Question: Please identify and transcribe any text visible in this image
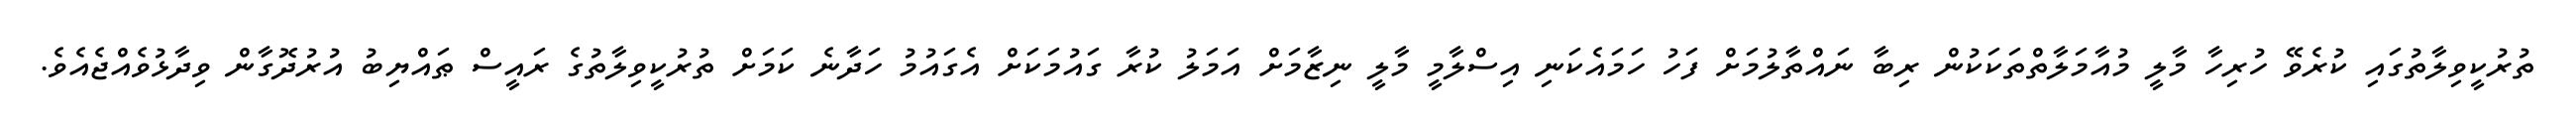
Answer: ތުރުކީވިލާތުގައި ކުރެވޭ ހުރިހާ މާލީ މުއާމަލާތްތަކަކުން ރިބާ ނައްތާލުމަށް ފަހު ހަމައެކަނި އިސްލާމީ މާލީ ނިޒާމަށް އަމަލު ކުރާ ގައުމަކަށް އެގައުމު ހަދާނެ ކަމަށް ތުރުކީވިލާތުގެ ރައީސް ޠައްޔިބު އުރުދޮގާން ވިދާޅުވެއްޖެއެވެ.